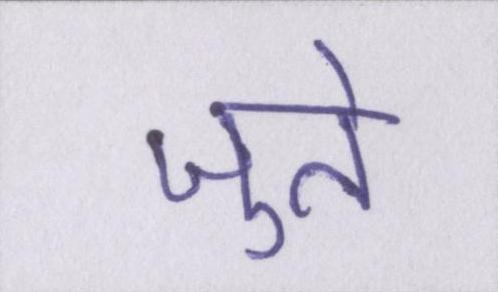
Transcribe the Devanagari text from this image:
जुते